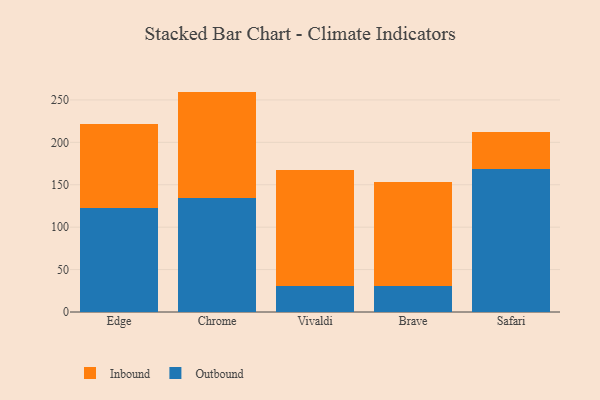
{"axis": {"x": "Browser", "y": "Page Views"}, "legend": ["Inbound", "Outbound"], "data": [{"x": "Edge", "y": 122.8, "type": "Outbound"}, {"x": "Edge", "y": 99.0, "type": "Inbound"}, {"x": "Chrome", "y": 134.8, "type": "Outbound"}, {"x": "Chrome", "y": 125.0, "type": "Inbound"}, {"x": "Vivaldi", "y": 31.2, "type": "Outbound"}, {"x": "Vivaldi", "y": 136.5, "type": "Inbound"}, {"x": "Brave", "y": 30.3, "type": "Outbound"}, {"x": "Brave", "y": 123.0, "type": "Inbound"}, {"x": "Safari", "y": 168.7, "type": "Outbound"}, {"x": "Safari", "y": 43.1, "type": "Inbound"}]}